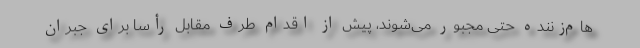
هام‌زننده حتی مجبور می‌شوند، پیش از اقدام طرف مقابل رأساً برای جبران